Vaccination in the Punjab 1905-1918 - 1905-1918
Year: 1905
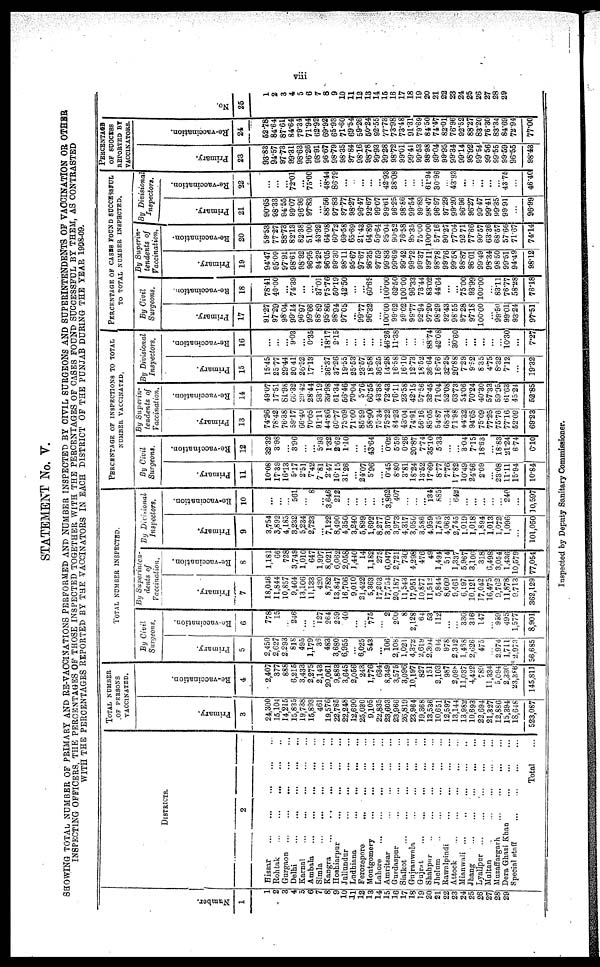
viii
STATEMENT No. V.
SHOWING TOTAL NUMBER OF PRIMARY AND RE-VACCINATIONS PERFORMED AND NUMBER INSPECTED BY CIVIL SURGEONS AND SUPERINTENDENTS OF VACCINATION OR OTHER
INSPECTING OFFICERS, THE PERCENTAGES OF THOSE INSPECTED TOGETHER, WITH THE PERCENTAGES OF CASES FOUND SUCCESSFUL BY THEM, AS CONTRASTED
WITH THE PERCENTAGES REPORTED BY THE VACCINATORS IN EACH DISTRICT OF THE PUNJAB DURING THE YEAR 1908-09.
Number.
1
1
2
3
4
5
6
7
8
9
10
11
12
13
14
15
16
17
18
19
20
21
22
23
24
25
26
27
28
29
DISTRICTS.
2
Hissar
... ... ... ... ...
Rohtak
... ... ... ... ...
Gurgaon
... ... ... ... ...
Delhi
... ... ... ... ...
Karnal
... ... ... ... ...
Ambala
... ... ... ... ...
Simla ... ... ... ... ...
Kangra ... ... ... ... ...
Hoshiarpur
... ... ... ...
Jullundur
... ... ... ...
Ludhiana
...
... ... ...
Ferozepore
.
.
. ... ... ...
Montgomery
... ... ... ...
Lahore ... ... ... ... ...
Amritsar
...
... ... ...
Gurdaspur ... ... ... ...
Sialkot
... ... ... ... ...
Gujranwala
... ... ... ...
Gujrat
.
.
.
... ... ... ...
Shahpur ... ... ... ... ...
Jhelum ... ... ... ...
Rawalpindi
... ... ... ...
Attock ... ... ... ... ...
Mianwali ... ... ... ... ...
Jhang ... ... ... ... ...
Lyallpur ... ... ... ... ...
Multan
... ... ... ... ...
Muzaffargarh
... ... ... ...
Dera Ghazi Khan
... ... ...
Special staff
... ... ... ...
Total ...
TOTAL NUMBER
OF PERSONS
VACCINATED.
Primary.
3
24,300
15,104
14,215
15,835
19,738
15,893
461
19,576
22,785
22,248
12,690
25,030
9,105
22,835
23,603
23,966
26,819
23,964
19,368
13,536
10,651
12,597
13,144
13,982
10,693
22,694
21,327
12,886
15,394
18,648
523,087
Re-vaccination.
4
2,407
377
888
6,215
3,433
2,275
2,143
20,061
9,883
3,645
2,056
243
1,776
634
8,349
3,575
3,096
10,197
827
151
2,103
987
2,098
11,037
4,422
789
11,334
5,094
2,330
23,386
145,811
TOTAL NUMBER INSPECTED.
By Civil
Surgeons.
Primary.
5
2,450
2,627
2,293
818
495
1,179
36
483
3,680
6,955
...
6,025
543
...
106
2,108
1,021
4,372
2,619
2,394
934
978
2,342
1,468
2,626
475
...
2,974
1,711
*2,973
56,685
Re-vaccination.
6
778
15
...
246
...
...
127
264
259
40
...
...
775
...
2
200
8
2,128
64
53
112
...
...
336
316
147
...
959
495
1,577
8,901
By Superinten-
dents of
Vaccination.
Primary.
7
18,046
11,844
10,857
9,464
13,106
11,133
420
8,782
13,847
16,706
9,010
21,422
5,363
17,203
17,754
20,187
11,543
17,951
10,877
11,512
5,844
8,609
9,461
6,197
10,121
17,042
16,475
9,762
11,878
9,713
362,129
Re-vaccination.
8
1,181
66
728
3,749
1,010
647
1,997
8,021
6,062
2,058
1,440
14
1,182
275
6,047
2,721
730
4,298
476
49
1,494
514
1,337
5,967
3,106
318
6,498
3,054
1,436
10,579
77,054
By Divisional
Inspectors.
Primary.
9
3,754
3,892
4,185
3,232
5,234
2,723
...
7,122
8,490
4,350
3,240
5,899
1,692
8,277
3,370
3,973
4,317
3 050
3,586
4,959
1,785
4,063
2,745
1,019
1,018
1,894
1,013
1,072
1,096
...
101,050
Re-vaccination.
10
...
...
...
561
...
8
...
3,646
212
...
...
...
...
...
3,862
407
...
...
...
134
885
...
642
...
...
...
...
...
240
...
10,597
PERCENTAGE OF INSPECTIONS TO TOTAL
NUMBER VACCINATED.
By Civil
Surgeons.
Primary.
11
10.08
17.39
16.13
5.17
2.51
7.42
7.81
2.47
16.15
31.26
...
24.07
5.96
...
0.45
8.80
3.81
18.24
13.52
17.69
8.77
7.76
17.82
10.49
24.56
2.09
...
23.08
11.11
15.94
10.84
Re-vaccination.
12
32.32
3.98
...
3.96
...
...
5.93
1.32
2.62
1.10
...
...
43.64
...
0.02
5.59
0.26
20.87
7.74
35.10
5.33
...
...
3.04
7.15
18.63
...
18.83
21.24
6.74
6.10
By Superin-
tendents of
Vaccination.
Primary.
13
74.26
78.42
76.38
59.17
66.40
70.05
91.11
44.86
60.77
75.09
71.00
85.59
58.90
75.34
75.22
84.23
43.04
74.91
56.16
85.05
54.87
68.34
71.98
44.32
94.65
75.09
77.25
75.76
77.16
52.09
69.23
Re-vaccination.
14
49.07
17.51
81.98
66.32
29.42
28.44
93.19
39.98
61.34
56.46
70.04
5.76
66.55
43.38
72.43
76.11
23.58
42.15
57.56
32.45
71.04
52.08
63.73
54.06
70.24
40.30
57.33
59.95
61.63
45.24
52.85
By Divisional
Inspectors.
Primary.
15
15.45
25.77
29.44
20.41
26.52
17.13
...
36.37
37.26
19.55
25.53
23.57
18.58
36.25
14.28
16.58
16.10
12.73
18.52
36.64
16.76
32.25
20.88
7.29
9.52
8.35
4.75
8.32
7.12
...
19.32
Re-vaccination.
16
...
...
...
9.03
...
0.35
...
18.17
2.15
...
...
...
...
...
46.26
11.38
...
...
...
88.74
42.08
...
30.60
...
...
...
...
...
10.30
...
7.27
PERCENTAGE OF CASES FOUND SUCCESSFUL
TO TOTAL NUMBER INSPECTED.
By Civil
Surgeons.
Primary.
17
91.27
97.29
98.04
99.14
96.97
99.66
88.89
95.86
98.94
97.05
...
99.77
96.32
...
100.00
99.62
99.02
99.77
92.94
97.20
98.29
92.43
98.55
97.28
97.18
100.00
...
99.50
99.01
93.24
97.51
Re-vaccination.
18
78.41
40.00
...
74.39
...
...
37.01
75.76
50.19
42.50
...
...
60.65
...
100.00
62.50
100.00
96.33
73.44
83.02
44.64
...
...
75.00
93.99
100.00
...
83.11
76.77
58.28
76.18
By Superin-
tendents of
Vaccination.
Primary.
19
94.47
95.09
97.91
98.61
98.92
96.95
94.29
96.05
99.30
98.11
95.67
97.67
96.35
97.59
99.83
99.69
99.42
99.72
99.37
99.11
98.78
99.76
99.58
98.87
96.01
99.49
98.34
98.50
99.51
94.49
98.12
Re-vaccination.
20
59.53
77.27
88.73
82.13
82.38
51.00
43.92
64.08
60.72
69.58
65.69
21.43
64.89
59.64
85.04
90.52
76.58
95.35
75.00
100.00
57.16
90.27
77.04
92.71
77.66
90.57
63.36
68.57
57.66
71.67
74.14
By Divisional
inspectors.
Primary.
21
90.65
98.33
94.55
99.07
96.96
97.83
...
88.56
97.83
97.77
98.27
96.47
92.67
99.07
99.61
96.25
98.86
99.54
99.89
98.47
96.97
97.29
99.20
96.96
96.27
99.47
99.41
99.35
99.91
...
96.99
Re-vaccination.
22
...
...
...
72.01
...
75.00
...
48.44
86.79
...
...
...
...
...
42.93
38.08
...
...
...
61.94
30.96
...
43.93
...
...
...
...
...
43.75
...
46.40
PERCENTAGE
OF SUCCESS
REPORTED BY
VACCINATORS.
Primary.
23
93.83
94.57
97.73
99.31
98.63
96.26
98.91
96.67
98.79
98.35
97.84
98.16
98.78
99.93
99.28
98.72
99.01
99.41
99.53
98.98
99.04
99.95
99.34
99.14
98.92
99.54
99.56
99.55
99.59
96.55
98.43
Re-vaccination.
24
52.78
84.64
87.61
84.64
79.34
71.94
62.92
69.92
65.93
71.60
69.54
59.26
50.24
92.55
77.73
73.98
73.48
91.31
79.69
84.50
74.47
82.01
76.96
92.52
88.27
83.20
76.30
83.34
84.69
72.94
77.00
No.
25
1
2
3
4
5
6
7
8
9
10
11
12
13
14
15
16
17
18
19
20
21
22
23
24
25
26
27
28
29
Inspected by Deputy Sanitary Commissioner.